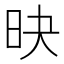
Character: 𣅡